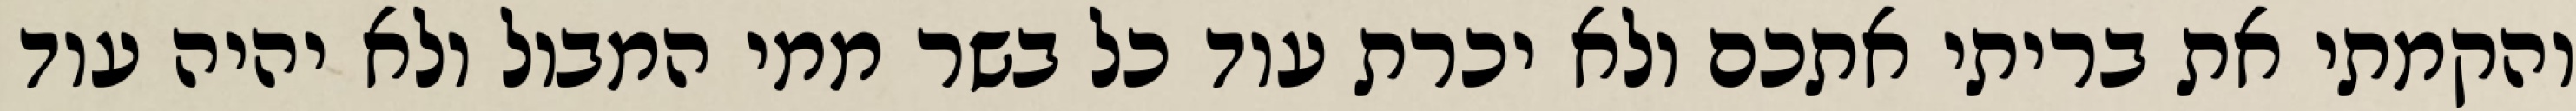
והקמתי את בריתי אתכם ולא יכרת עוד כל בשר ממי המבול ולא יהיה עוד